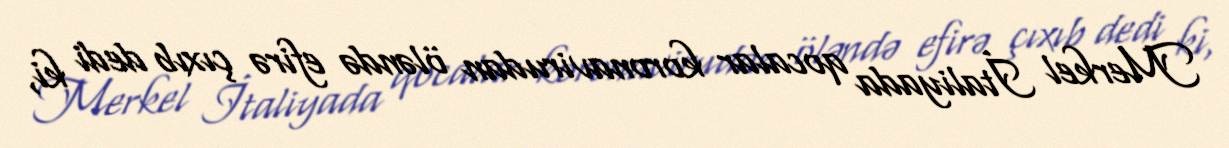
Merkel İtaliyada qocalar koronavirudan öləndə efirə çıxıb dedi ki,